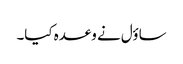
ساؤل نے وعدہ کیا۔